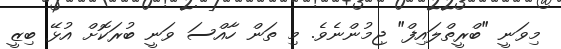
މިވަނީ "ބްރީތްލައިފް" ޖިމުންނެވެ. މި ތަން ހާއްސަ ވަނީ ބުރަކޮށް އުޅޭ ބިޒީ